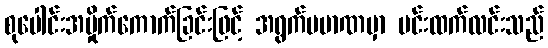
စုပေါင်းအမှိုက်ကောက်ခြင်းဖြင့် အရွက်ပမာဏမှာ မင်းထက်လင်းသည်